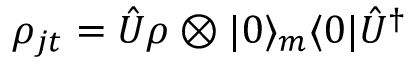
\rho _ { j t } = \hat { U } \rho \otimes | 0 \rangle _ { m } \langle 0 | \hat { U } ^ { \dagger }